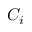
C _ { i }